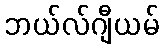
ဘယ်လ်ဂျီယမ်